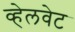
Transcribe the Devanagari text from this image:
व्हेलवेट